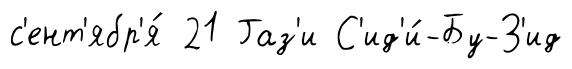
с'ент'ябр'я́ 21 Газ'и С'ид'и́-Бу-З'ид